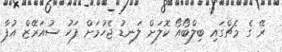
ރޭ ގެ މެޗްގައި ބިލްބޯއޯ ކޮލަށް ލަނޑު ޖެހުމަށް ފަހު ސުއަރޭޒް އުފާ